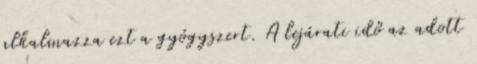
alkalmazza ezt a gyógyszert. A lejárati idő az adott